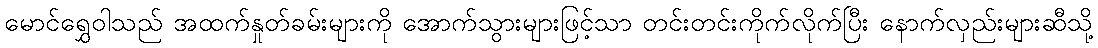
မောင်ရွှေဝါသည် အထက်နှုတ်ခမ်းများကို အောက်သွားများဖြင့်သာ တင်းတင်းကိုက်လိုက်ပြီး နောက်လှည်းများဆီသို့